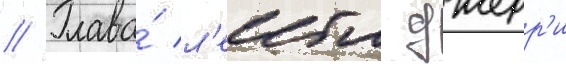
// Глава́ л'еибла джерр'и